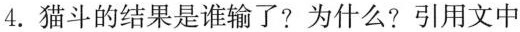
4. 猫斗的结果是谁输了?为什么?引用文中